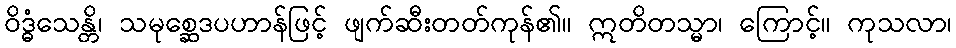
ဝိဒ္ဓံသေန္တိ၊ သမုစ္ဆေဒပဟာန်ဖြင့် ဖျက်ဆီးတတ်ကုန်၏။ ဣတိတသ္မာ၊ ကြောင့်။ ကုသလာ၊